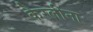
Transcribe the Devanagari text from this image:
कैरलीना